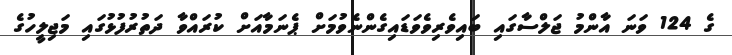
ގެ 124 ވަނަ އާންމު ޖަލްސާގައި ބައިވެރިވެވަޑައިގެންނެވުމަށް ޕެނަމާއަށް ކުރައްވާ ދަތުރުފުޅުގައި މަޖިލީހުގެ